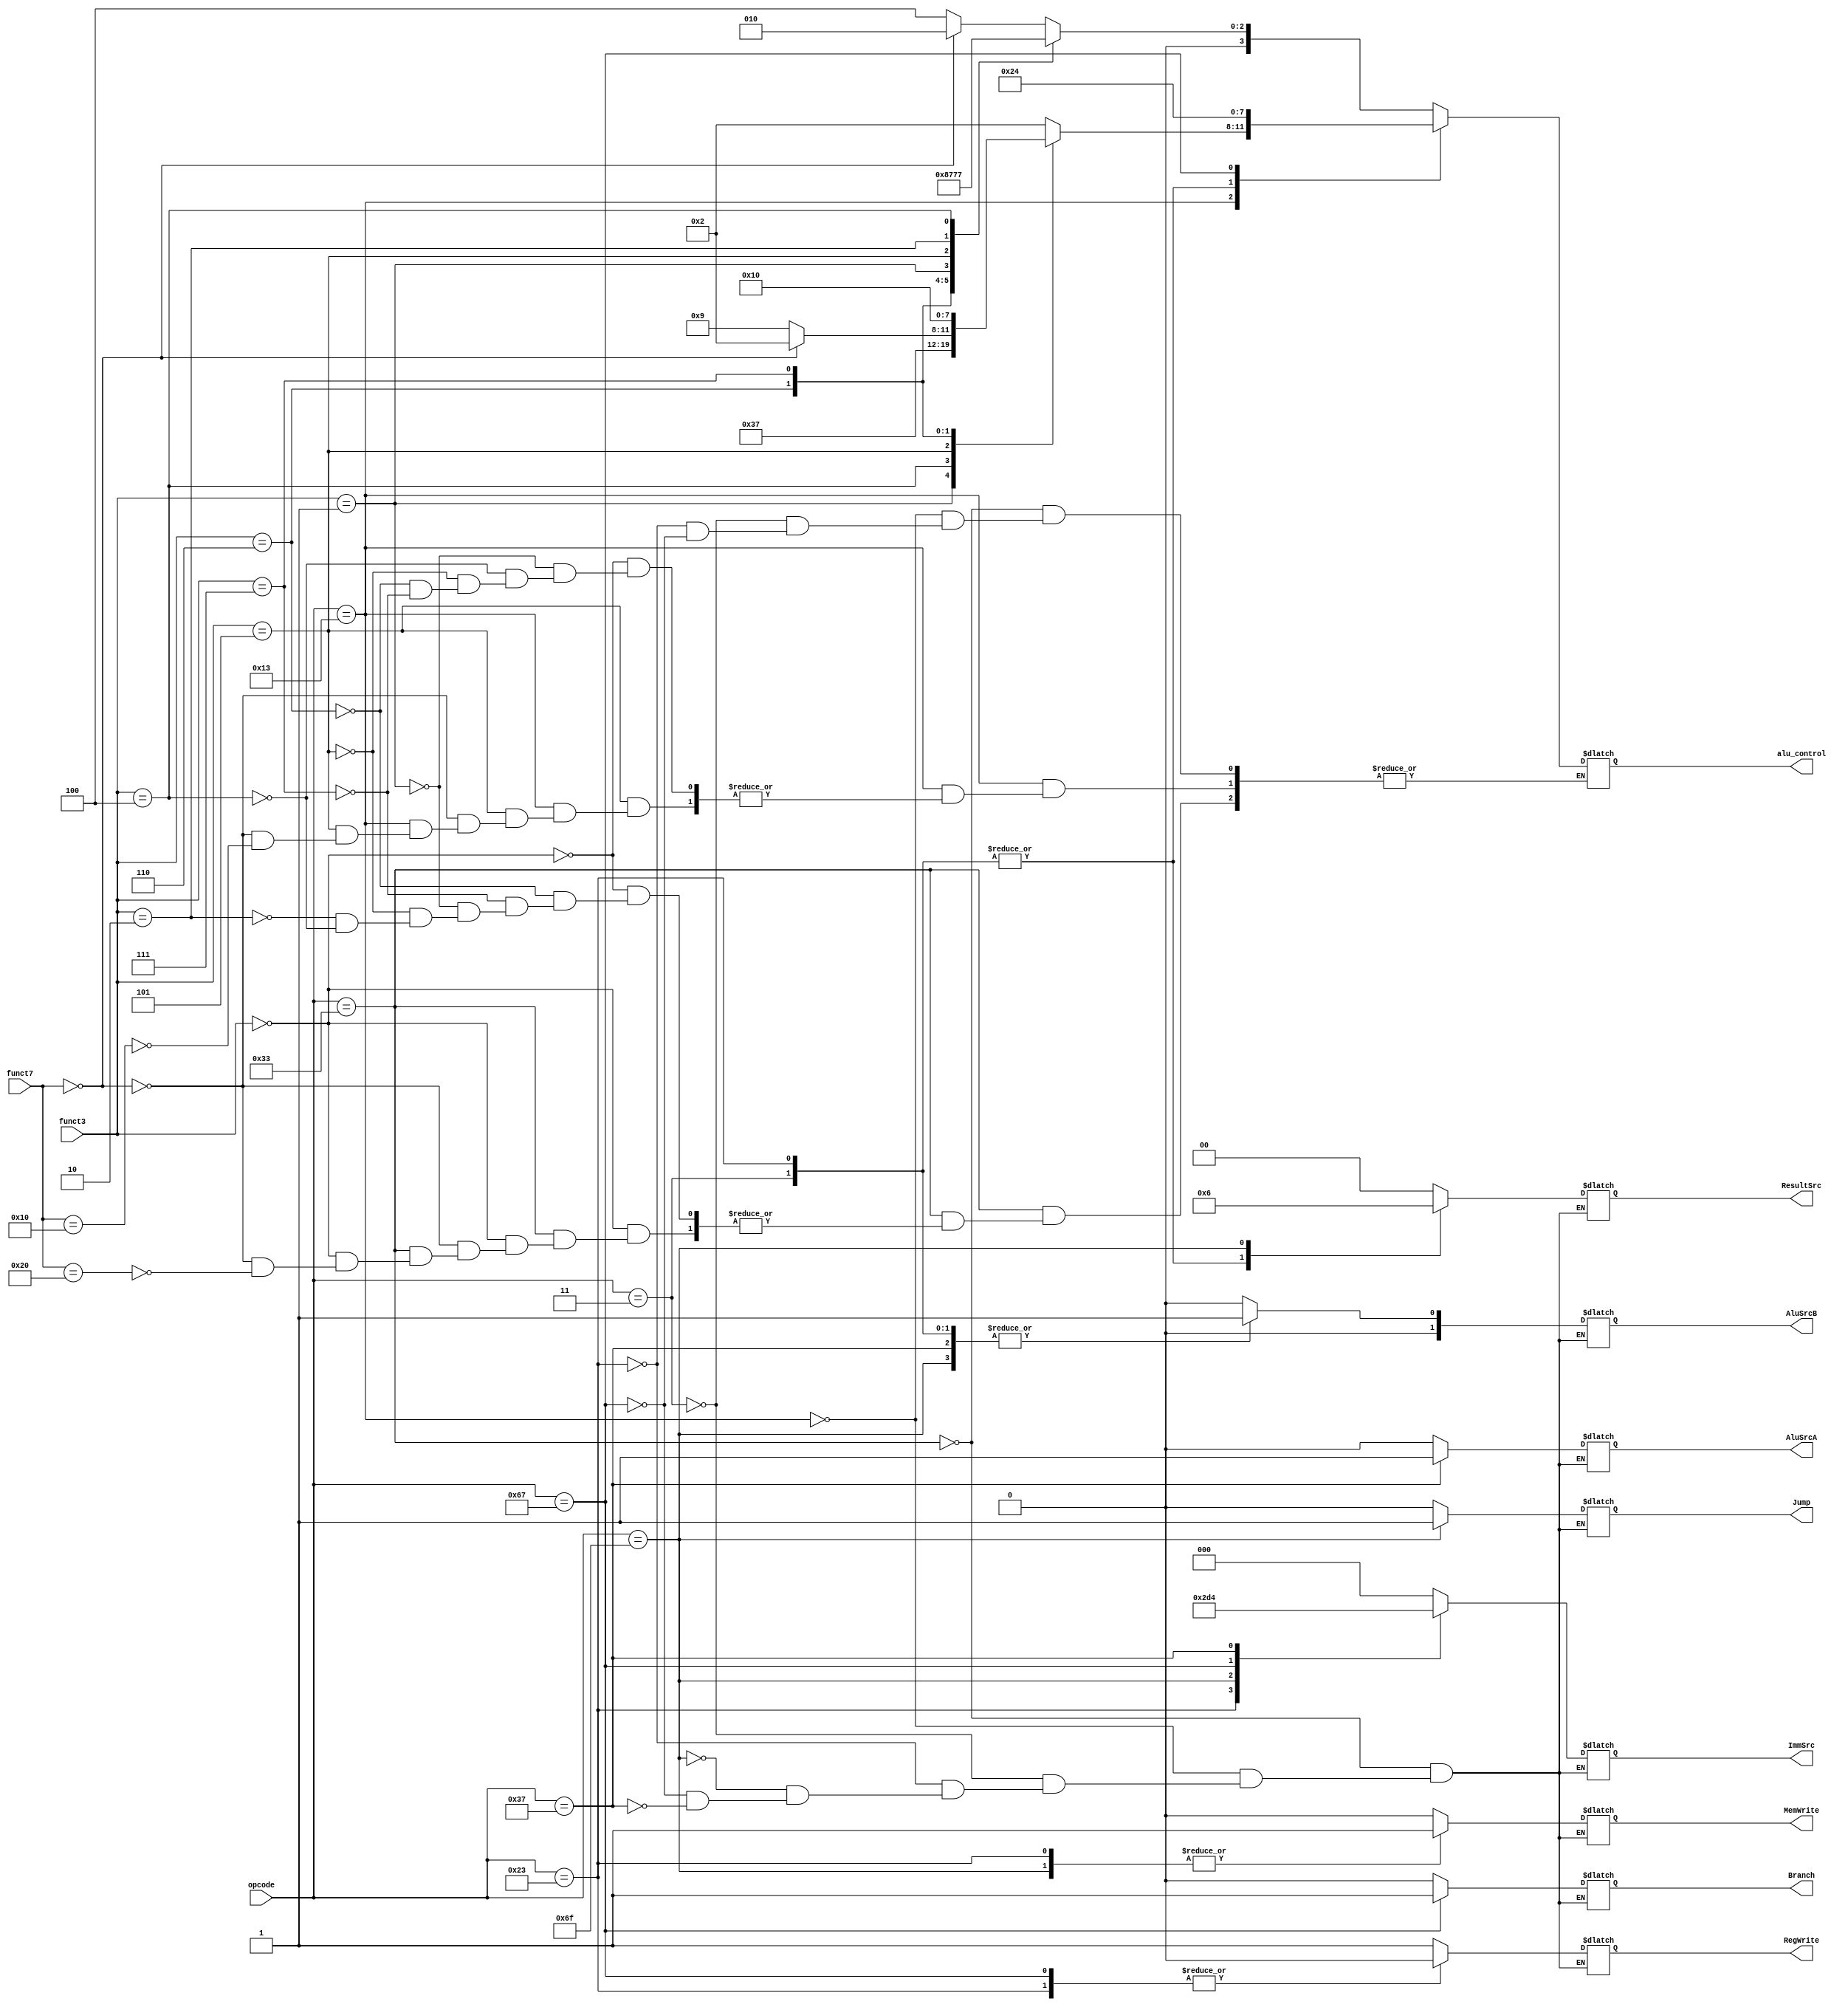
`timescale 1ns / 1ps

module Instr_Decode(opcode,funct3,funct7,alu_control, MemWrite, Branch, RegWrite, Jump, ImmSrc, AluSrcA, AluSrcB, ResultSrc);
    
	input  [6:0] opcode;
	input [2:0] funct3;
	input [6:0] funct7;
	output reg [3:0] alu_control;
	
	output  reg MemWrite;
	output  reg Branch;
	output  reg RegWrite;
	output  reg Jump;
	output reg [2:0] ImmSrc;
	output reg AluSrcA; 
	output  reg [1:0] AluSrcB;	
	output  reg [1:0] ResultSrc;
	
	
 always @(*)
    begin
        case(opcode)
         7'b0110011: begin // R-type instructions                        
      MemWrite = 0;
	  Branch = 0;
	  RegWrite = 1;
	  Jump = 0;
	  ImmSrc = 3'bxxx;
	  AluSrcA = 0 ; 
	  AluSrcB = 2'b00 ;	
	  ResultSrc = 0 ;
            
            case (funct3)
                0: begin
                    if(funct7 == 0)
                    alu_control = 4'b0010; // ADD
                    else if(funct7 == 32)
                    alu_control = 4'b0100; // SUB
                end
                6: alu_control = 4'b0001; // OR
                7: alu_control = 4'b0000; // AND
                1: alu_control = 4'b0011; // SLL
                5: alu_control = 4'b0101; // SRL
				2: alu_control = 4'b0110; // MUL
				4: alu_control = 4'b0111; // XOR
            endcase
            end
            
   7'b0010011:  // Arithmetic Immediate Instructions
           begin
            MemWrite = 0;
	  Branch = 0;
	  RegWrite = 1;
	  Jump = 0;
	  ImmSrc = 3'b0;
	  AluSrcA = 0 ; 
	  AluSrcB = 2'b0 ;	
	  ResultSrc = 0 ;
            
                 case (funct3)
                 0: alu_control = 4'b0010; //ADDI
                 1: alu_control = 4'b0011; //SLLI
                 4: alu_control = 4'b0111; //XORI
                 5: begin
                    if(funct7 == 7'b0000000)
                    alu_control = 4'b0010; // Shift Right Immediate
                    else if(funct7 == 16)
                    alu_control = 4'b1001; //Shift Right Arithmetic Immediate
                    end 
                 6: alu_control = 4'b0001; //ORI
                 7: alu_control = 4'b0000; //ANDI
                 endcase
                 end
                 
                 
                 7'b0000011:  // Load word Instructions
           begin
               MemWrite = 0;
	  Branch = 0;
	  RegWrite = 1;
	  Jump = 0;
	  ImmSrc = 3'b0;
	  AluSrcA = 0 ; 
	  AluSrcB = 2'b01 ;	
	  ResultSrc = 2'b01;
            alu_control = 4'b0010;
            end
                 
                 7'b0100011: // Store word Instructions
           begin
      MemWrite = 1;
	  Branch = 0;
	  RegWrite = 0;
	  Jump = 0;
	  ImmSrc = 3'b001;
	  AluSrcA = 0 ; 
	  AluSrcB = 2'b01 ;	
	  ResultSrc = 2'b01;
      alu_control = 4'b0010;
           end
                 
                7'b1101111:  // Jump and link Instructions
           begin
      MemWrite = 1;
	  Branch = 0;
	  RegWrite = 1;
	  Jump = 1;
	  ImmSrc = 3'b011;
	  AluSrcA = 0 ; 
	  AluSrcB = 2'b01 ;	
	  ResultSrc = 2'b10;
            end
            
                7'b1100111: // Branch Instructions
           begin
           MemWrite = 0;
	  Branch = 1;
	  RegWrite = 0;
	  Jump = 0;
	  ImmSrc = 3'b010;
	  AluSrcA = 0 ; 
	  AluSrcB = 2'b00 ;	
	  ResultSrc = 2'b00;
      alu_control = 4'b0100; // SUB
            end
            
               7'b0110111: // Lower upper immediate
           begin
        MemWrite = 0;
	  Branch = 0;
	  RegWrite = 1;
	  Jump = 0;
	  ImmSrc = 3'b100;
	  AluSrcA = 1 ; 
	  AluSrcB = 2'b01 ;	
	  ResultSrc = 2'b00;
            end 
                       
     endcase
end
            
endmodule